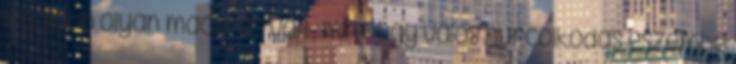
legalább olyan macerás volt, mint egy valós hurcolkodás eszembe